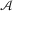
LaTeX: \scriptstyle { \mathcal { A } }